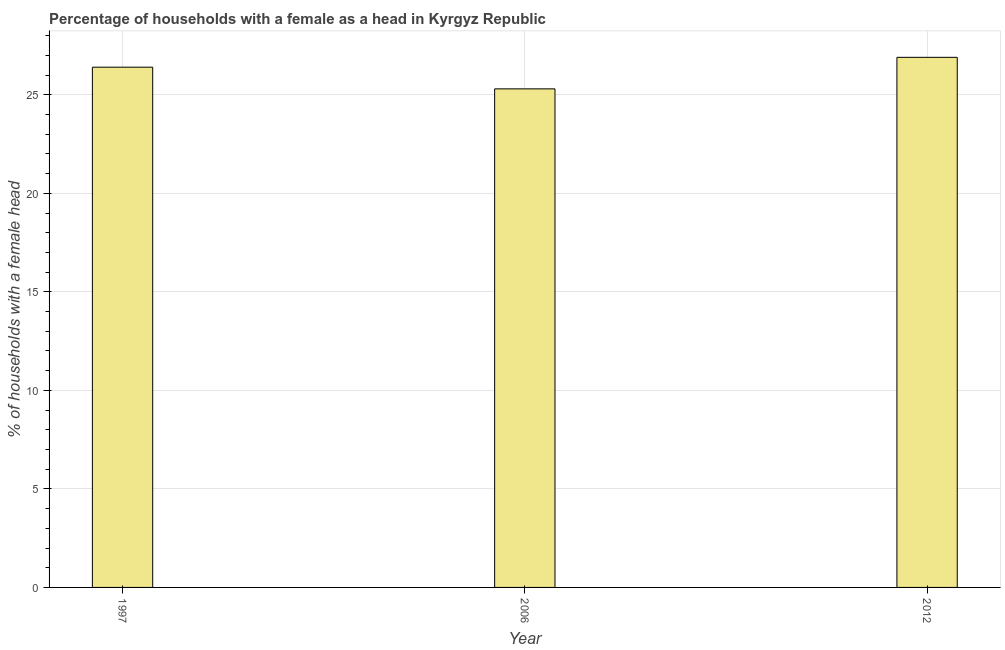
| Year | Female headed households |
 | --- | --- |
 | 1997 | 26.4 |
 | 2006 | 25.3 |
 | 2012 | 26.9 |